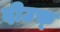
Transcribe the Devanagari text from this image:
दीउफ़्